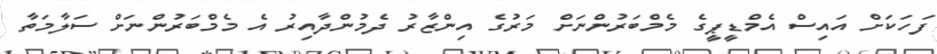
ފަހަކަށް އައިސް އެމްޑީޕީގެ މެމްބަރުންނަށް މަރުގެ އިންޒާރު ދެމުންދާއިރު އެ މެމްބަރުންނަށް ސަލާމަތާ